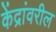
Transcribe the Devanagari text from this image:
केंद्रांवरील